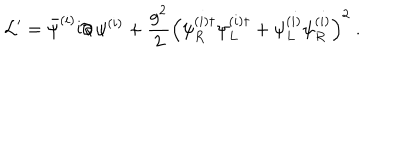
LaTeX: { \cal L } ^ { \prime } = \bar { \psi } ^ { ( i ) } \mathrm { i } \partial \! \! \! / \, \psi ^ { ( i ) } + \frac { g ^ { 2 } } { 2 } \left( \psi _ { R } ^ { ( i ) \dagger } \psi _ { L } ^ { ( i ) \dagger } + \psi _ { L } ^ { ( i ) } \psi _ { R } ^ { ( i ) } \right) ^ { 2 } \ .